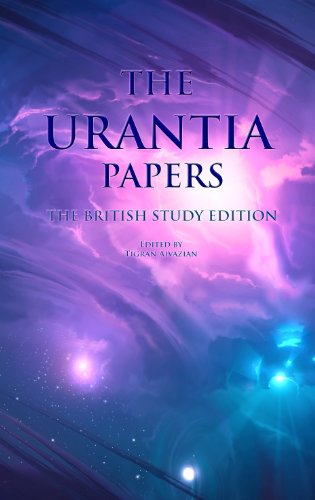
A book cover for The British Study Edition of the Urantia Papers ("The Urantia Book"); Divine Counsellor et al.; Religion & Spirituality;